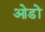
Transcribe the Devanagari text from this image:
ओडों